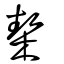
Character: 槷